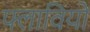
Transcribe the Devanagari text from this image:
फ्लावियो